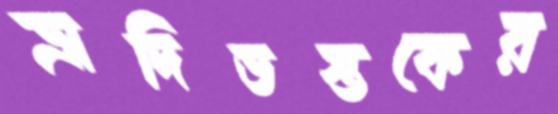
ভ্রাদিভস্তকের